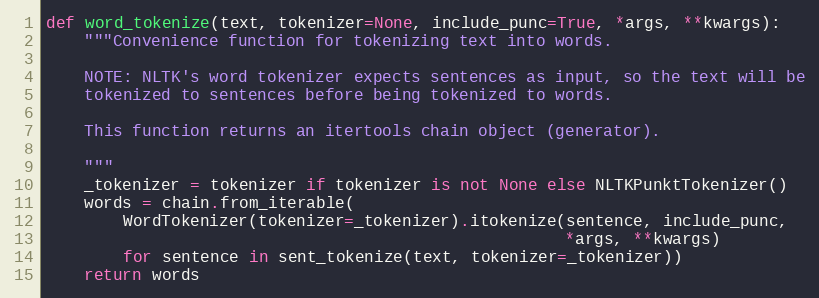
Language: Python
def word_tokenize(text, tokenizer=None, include_punc=True, *args, **kwargs):
    """Convenience function for tokenizing text into words.

    NOTE: NLTK's word tokenizer expects sentences as input, so the text will be
    tokenized to sentences before being tokenized to words.

    This function returns an itertools chain object (generator).

    """
    _tokenizer = tokenizer if tokenizer is not None else NLTKPunktTokenizer()
    words = chain.from_iterable(
        WordTokenizer(tokenizer=_tokenizer).itokenize(sentence, include_punc,
                                                      *args, **kwargs)
        for sentence in sent_tokenize(text, tokenizer=_tokenizer))
    return words